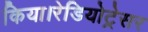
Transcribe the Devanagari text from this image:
किया।रेडियोट्रेसर